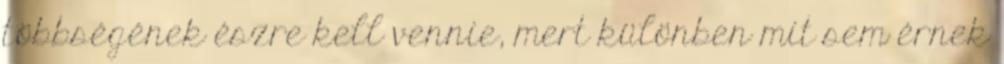
többségének észre kell vennie, mert különben mit sem érnek